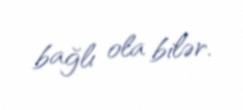
bağlı ola bilər.